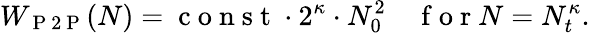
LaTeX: W_{\mathrm{~P~2~P~}}(N)=\mathrm{~c~o~n~s~t~}\cdot 2^{\kappa}\cdot N_{0}^{2}\quad\mathrm{~f~o~r~}N=N_{t}^{\kappa}.